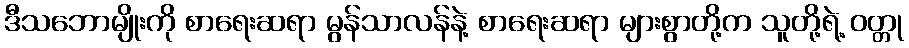
ဒီသဘောမျိုးကို စာရေးဆရာ မွန်သာလန်နဲ့ စာရေးဆရာ များစွာတို့က သူတို့ရဲ့ ဝတ္တု